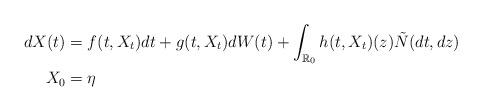
LaTeX: \begin{align*}d X(t)&=f(t, X_t) d t+g(t,X_t)d W(t)+ \int_{\mathbb{R}_0}h(t,X_t)(z)\tilde N(d t, d z)\\X_0&=\eta \end{align*}